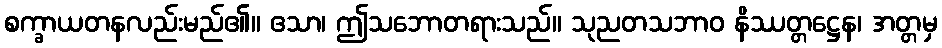
စက္ခာယတနလည်းမည်၏။ ဧသာ၊ ဤသဘောတရားသည်။ သုညတသဘာဝ နိဿတ္တဋ္ဌေန၊ အတ္တမှ